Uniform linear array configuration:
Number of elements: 64
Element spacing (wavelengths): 0.5
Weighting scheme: cosine
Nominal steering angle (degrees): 15
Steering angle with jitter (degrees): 14.697
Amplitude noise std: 0.05
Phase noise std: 0.05

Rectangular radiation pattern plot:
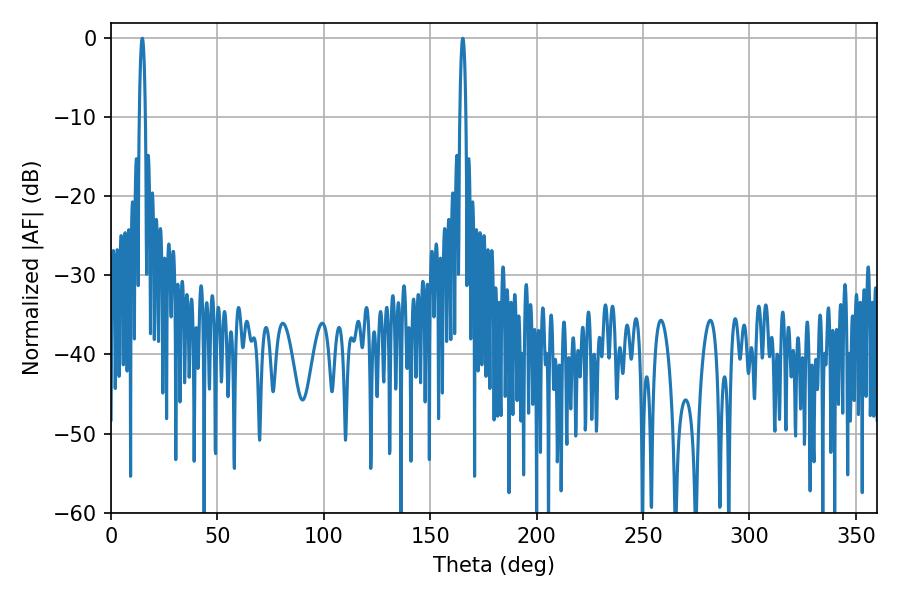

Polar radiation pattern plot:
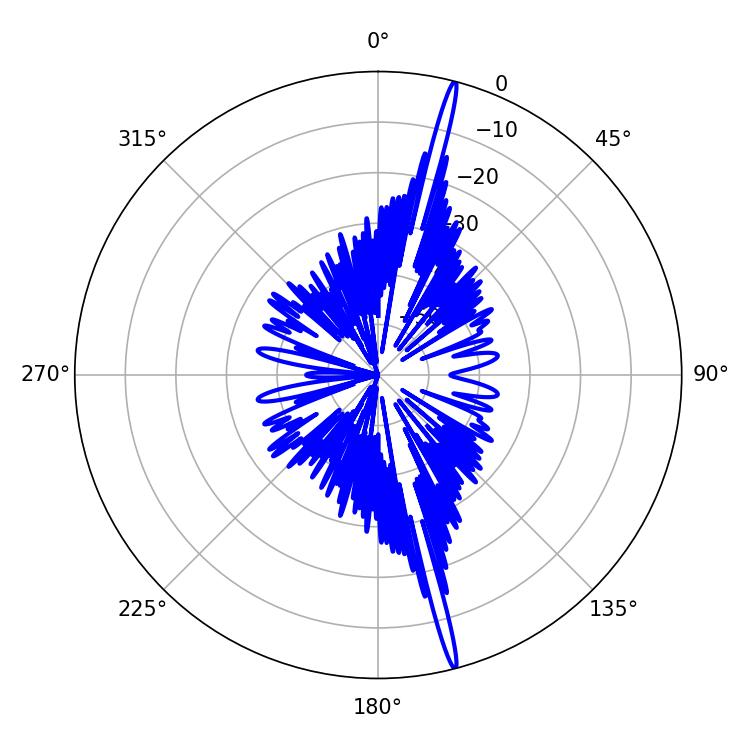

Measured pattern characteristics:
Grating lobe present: FALSE
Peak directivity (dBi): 20.812
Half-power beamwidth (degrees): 1.62
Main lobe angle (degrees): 14.76